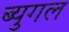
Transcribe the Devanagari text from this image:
ब्युगल